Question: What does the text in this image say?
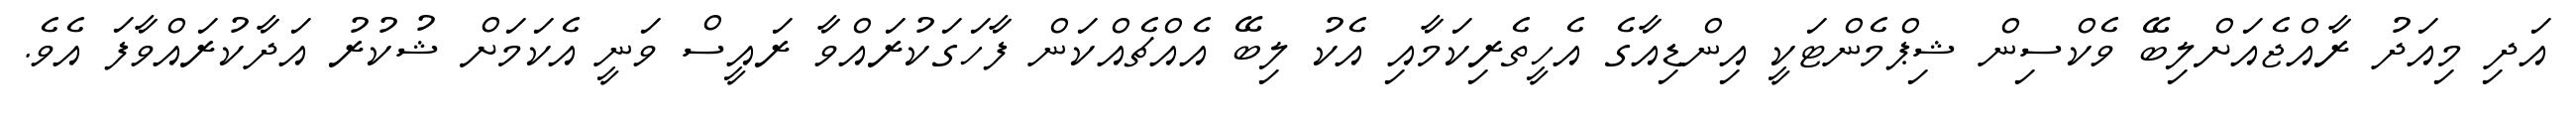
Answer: އަދި މިއަދު ރާއްޖެއަށްލިބޭ ވެކްސިން ޝިޕްމެންޓަކީ އިންޑިއާގެ އެހީތެރިކަމާއި އެކު ލިބޭ އެއްޗެއްކަން ފާހަގަކުރައްވާ ރައީސް ވަނީ އެކަމަށް ޝުކުރު އަދާކުރައްވާފަ އެވެ.